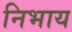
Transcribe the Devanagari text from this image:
निभाय